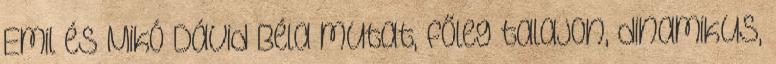
Emil és Mikó Dávid Béla mutat, főleg talajon, dinamikus,